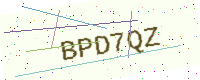
Text: BPD7QZ